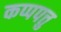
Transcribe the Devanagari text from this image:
कप्पपत्तु